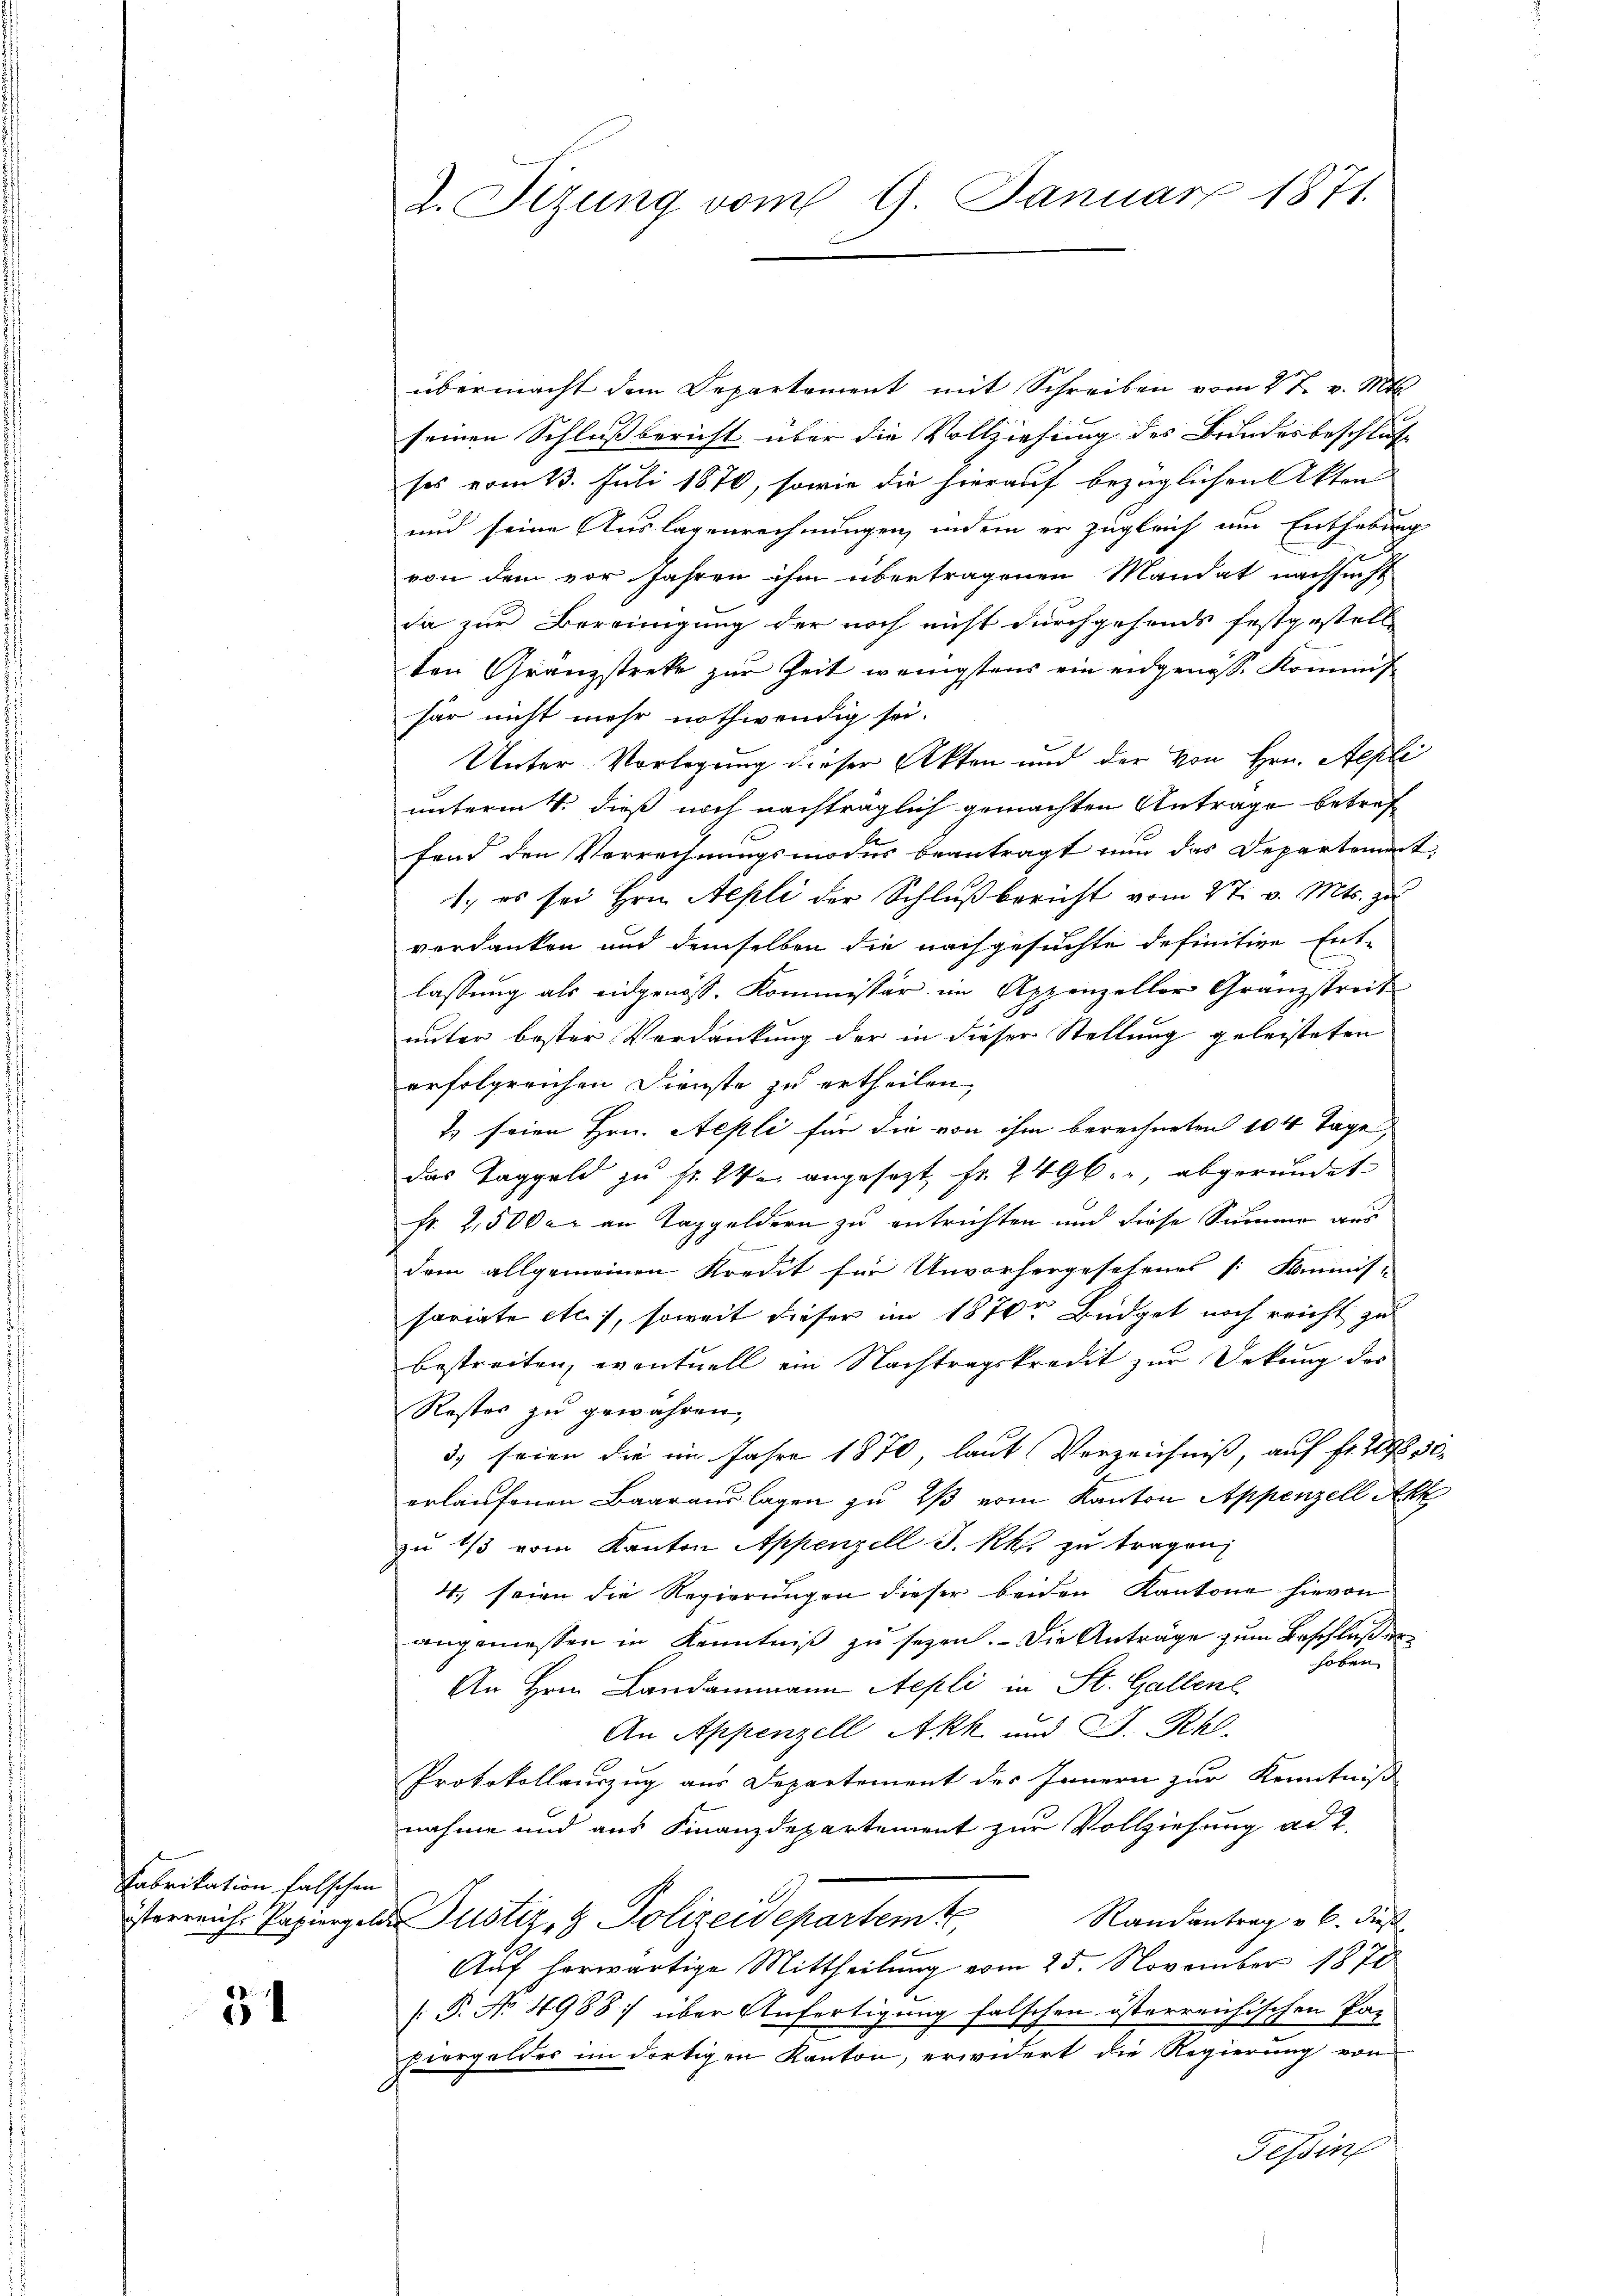
Fabrikation falschen

34

übermacht dem Departement mit Schreiben vom 27. v. Mts.
seinen Schlußbericht über die Vollziehung des Bundesbeschluß
sos vom 13. Juli 1870, sowie die hierauf bezüglichen Akten
und seine Auslagenrechnungen, indem er zugleich um Enthebung
von dem vor Jahren ihm übertragenen Mandat nachsucht
da zur Bereinigung der noch nicht durchgefonds festgestell
ten Granzstreke zur Zeit wenigstens ein eidgenöss. Kommis
har nicht mehr nothwendig sei.
Unter Vorlegung dieser Akten und der von Hrn. Aepli
unterm 4. dieß noch nachträglich gemachten Antrage betref
fend den Verrechnungsmodus beantragt nun das Departement
1., es sei Hrn. Nepli der Schlußbericht vom 27. v. Mts. zu
verdanken und demselben die nachgesuchte definitive Ent-
lassung als eidgenöss. Kommissär im Appenzeller Granzstreit
unter bester Verdankung der in dieser Stellung geleisteten
erfolgreichen Dienste zu ertheilen,
2) seien Hrn. Aepli für die von ihm berechneten 104 Tage,
das Taggeld zu fr. 24. angesezt fr. 2496. abgeründet
fr. 2,500 er an Taggeldern zu entrichten und diese Summe aus
dem allgemeinen Kredit für Unvorhergesehenes [Kommis-
sariate etc.), soweit dieser im 1870 Büdget noch reicht zu
bestreiten, eventuell ein Nachtragskredit zur Dekung des
Roster zu gewähren,
3) seien die im Jahre 1870, laut Verzeichniß, auf fr. 298 50.
erlaufenen Baarauslagen zu 2 vom Kanton Appenzell Akk
zu 1/3 vom Kanton Appenzell I. kk. zu tragen,
4. seien die Regierungen dieser beiden Kantone hievon
angemessen in Kenntniß zu seyen. - Die Anträge zum Beschluß er
hoben
An Hrn. Landammann Stepli in St. Gallen
An Appenzell Akk und J. Rh.
Protokollauszug aus Departement des Innern zur Kenntniß
nahme und aus Finanzdepartement zur Vollziehung ad 1.
Randantrag v. 6. dieß
serreiche Regingen Justiz- & Polizeidepartemte
Auf herwärtige Mittheilung vom 25. November 1870
[: P. No 4988: über Anfertigung falschen österreichischen Pa-
piergeldes im dortigen Kanton, erwidert die Regierung von
Tessin

d. Sitzung vom 9. Januar 1871.